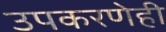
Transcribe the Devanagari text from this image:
उपकरणेही